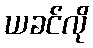
ယခင်လို